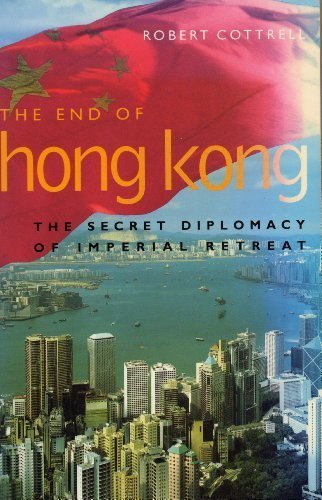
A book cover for The End of Hong Kong: The Secret Diplomacy of Imperial Retreat; Robert Cottrell; History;